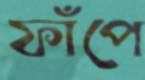
ফাঁপে